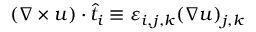
( \nabla \times u ) \cdot \widehat { t } _ { i } \equiv \varepsilon _ { i , j , k } ( \nabla u ) _ { j , k }